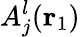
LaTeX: A_{j}^{l}({\mathbf{r}_{1}})